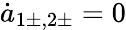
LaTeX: \dot{a}_{1\pm,2\pm}=0